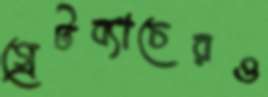
গ্রেটব্যাচেরও